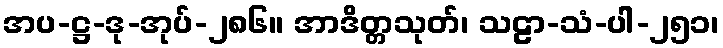
အပ-ဋ္ဌ-ဒု-အုပ်-၂၈၆။ အာဒိတ္တသုတ်၊ သဠာ-သံ-ပါ-၂၅၁၊